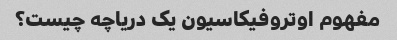
مفهوم اوتروفیکاسیون یک دریاچه چیست؟